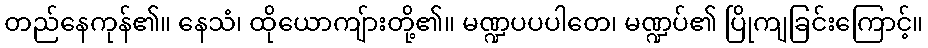
တည်နေကုန်၏။ နေသံ၊ ထိုယောကျ်ားတို့၏။ မဏ္ဍပပပါတေ၊ မဏ္ဍပ်၏ ပြိုကျခြင်းကြောင့်။